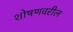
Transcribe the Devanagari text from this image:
शोषणवरील